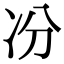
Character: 𠖲